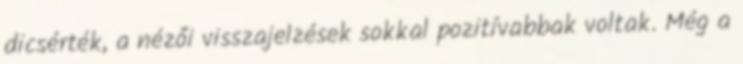
dicsérték, a nézői visszajelzések sokkal pozitívabbak voltak. Még a